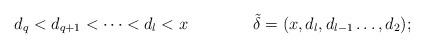
LaTeX: \begin{align*}d_q<d_{q+1}<\cdots<d_l<x\qquad\qquad\tilde{\delta}=(x,d_l,d_{l-1}\dots,d_2);\end{align*}